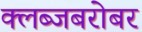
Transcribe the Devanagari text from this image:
क्लब्जबरोबर